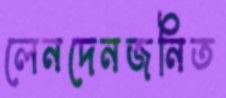
লেনদেনজনিত